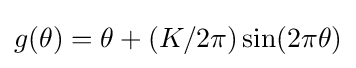
g(\theta )=\theta +(K/2\pi )\sin(2\pi \theta )